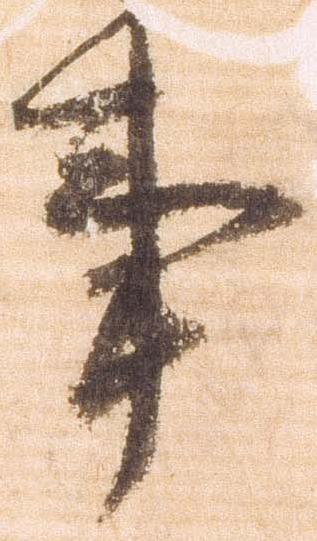
事